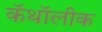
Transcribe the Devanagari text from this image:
कॅथॉलीक